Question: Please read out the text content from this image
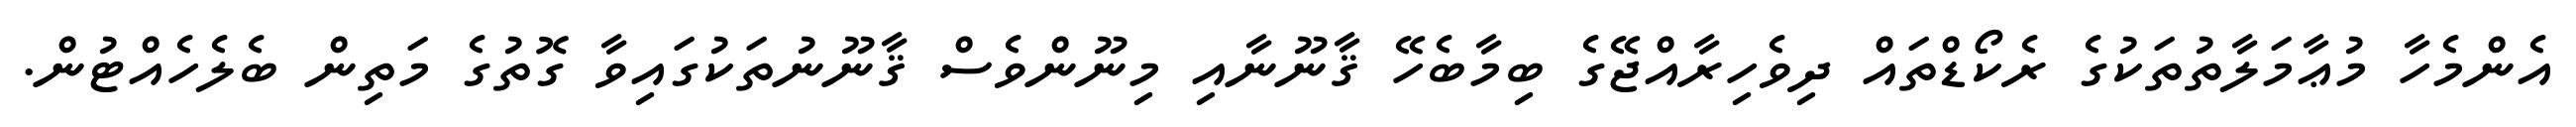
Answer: އެންމެހާ މުޢާމަލާތުތަކުގެ ރެކޯޑްތައް ދިވެހިރާއްޖޭގެ ބިމާބެހޭ ޤާނޫނާއި މިނޫންވެސް ޤާނޫނުތަކުގައިވާ ގޮތުގެ މަތިން ބެލެހެއްޓުން.